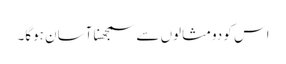
اس کو دومثالوں سے سمجھنا آسان ہوگا۔